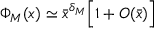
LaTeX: \Phi _ { M } ( x ) \simeq { \bar { x } } ^ { \delta _ { M } } \Big [ 1 + O ( { \bar { x } } ) \Big ]